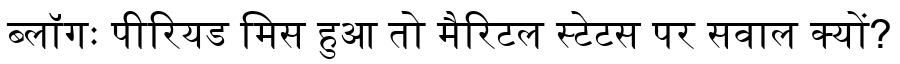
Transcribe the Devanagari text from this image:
ब्लॉगः पीरियड मिस हुआ तो मैरिटल स्टेटस पर सवाल क्यों?